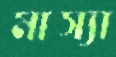
মাস্যা